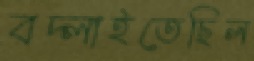
বদ্‌লাইতেছিল